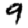
Digit: 9